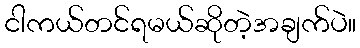
ငါကယ်တင်ရမယ်ဆိုတဲ့အချက်ပဲ။